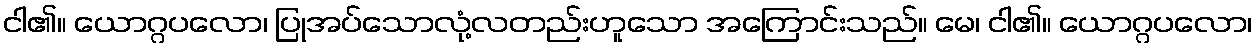
ငါ၏။ ယောဂ္ဂပလော၊ ပြုအပ်သောလုံ့လတည်းဟူသော အကြောင်းသည်။ မေ၊ ငါ၏။ ယောဂ္ဂပလော၊